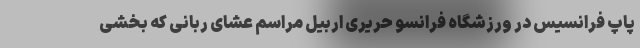
پاپ فرانسیس در ورزشگاه فرانسو حریری اربیل مراسم عشای ربانی که بخشی